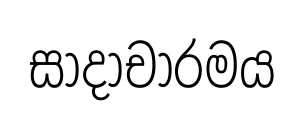
සාදාචාරමය